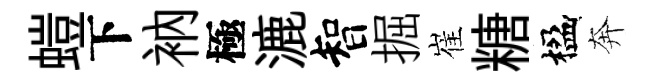
螘下衲極漉智掘崔糖楹奔